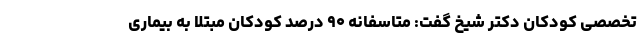
تخصصی کودکان دکتر شیخ گفت: متاسفانه ۹۰ درصد کودکان مبتلا به بیماری